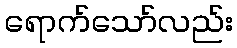
ရောက်သော်လည်း